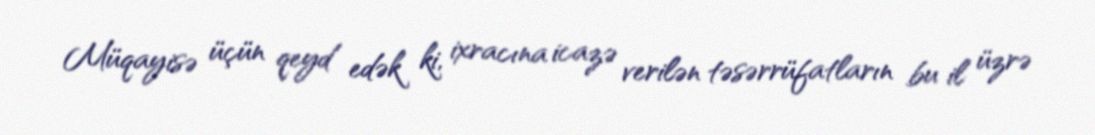
Müqayisə üçün qeyd edək ki, ixracına icazə verilən təsərrüfatların bu il üzrə